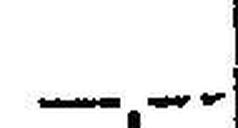
—.—